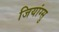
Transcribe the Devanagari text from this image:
जियांग्सु